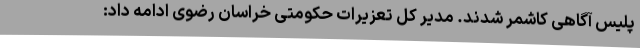
پلیس آگاهی کاشمر شدند. مدیر کل تعزیرات حکومتی خراسان رضوی ادامه داد: